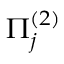
\Pi _ { j } ^ { ( 2 ) }